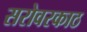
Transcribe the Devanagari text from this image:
सरोवरकाठ